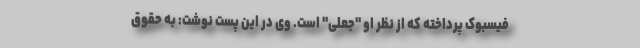
فیسبوک پرداخته که از نظر او "جعلی" است. وی در این پست نوشت: به حقوق